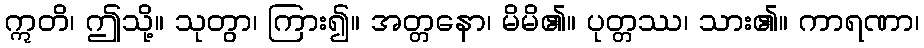
ဣတိ၊ ဤသို့။ သုတွာ၊ ကြား၍။ အတ္တနော၊ မိမိ၏။ ပုတ္တဿ၊ သား၏။ ကာရဏာ၊